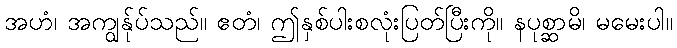
အဟံ၊ အကျွန်ုပ်သည်။ ဧတံ၊ ဤနှစ်ပါးစလုံးပြတ်ပြီးကို။ နပုစ္ဆာမိ၊ မမေးပါ။